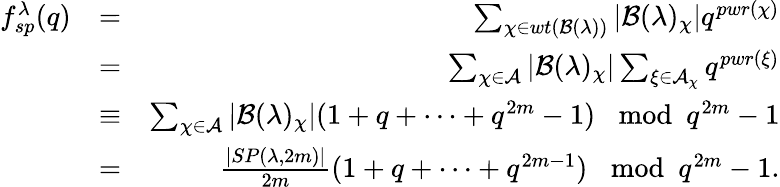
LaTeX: \begin{array}{rlr}{f_{sp}^{\lambda}(q)}&{=}&{\sum_{\chi\in wt(\mathcal{B}(\lambda))}\vert\mathcal{B}(\lambda)_{\chi}\vert q^{pwr(\chi)}}\\ &{=}&{\sum_{\chi\in\mathcal{A}}\vert\mathcal{B}(\lambda)_{\chi}\vert\sum_{\xi\in\mathcal{A}_{\chi}}q^{pwr(\xi)}}\\ &{\equiv}&{\sum_{\chi\in\mathcal{A}}\vert\mathcal{B}(\lambda)_{\chi}\vert(1+q+\cdots+q^{2m}-1)\mod q^{2m}-1}\\ &{=}&{\frac{\vert SP(\lambda,2m)\vert}{2m}(1+q+\cdots+q^{2m-1})\mod q^{2m}-1.}\end{array}